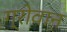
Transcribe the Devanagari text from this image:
ग्रोवान